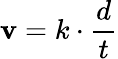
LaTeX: \mathbf{v}=k\cdot{\frac{{d}}{{t}}}